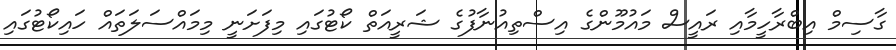
ގާސިމް އިބްރާހީމާއި ރައީސް މައުމޫންގެ އިސްތިއުނާފުގެ ޝަރީއަތް ކޯޓުގައި މިފަށަނީ މިމައްސަލަތައް ހައިކޯޓުގައި